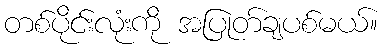
တစ်ပိုင်းလုံးကို အပြုတ်ချပစ်မယ်။